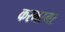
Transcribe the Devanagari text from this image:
करमरमर